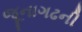
જૂનાગઢની